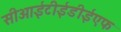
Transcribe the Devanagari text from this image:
सीआईटीईडीईएफ